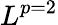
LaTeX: L^{p=2}